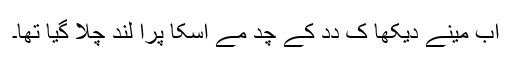
اَب مینے دیکھا کِ دِدِ کے چُد مے اُسکا پُرا لُند چلا گیا تھا۔